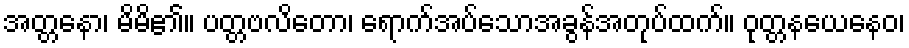
အတ္တနော၊ မိမိ၏။ ပတ္တဗလိတော၊ ရောက်အပ်သောအခွန်အတုပ်ထက်။ ဝုတ္တနယေနေဝ၊